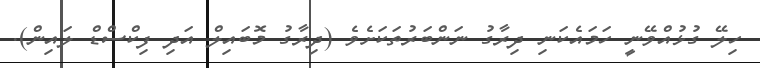
ހިލޭ ގުޅުއްވޭނީ ހަމައެކަނި ދިރާގު ނަންބަރުތަކަށެވެ (ދިރާގު މޮބައިލް އަދި ފިކްސްޑް ލައިން).